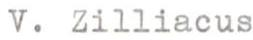
V. Zilliacus